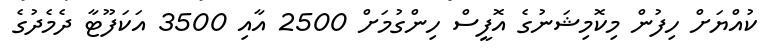
ކުއްޔަށް ހިފުން މިކޮމިޝަނުގެ އޮފީސް ހިންގުމަށް 2500 އާއި 3500 އަކަފޫޓާ ދެމެދުގެ